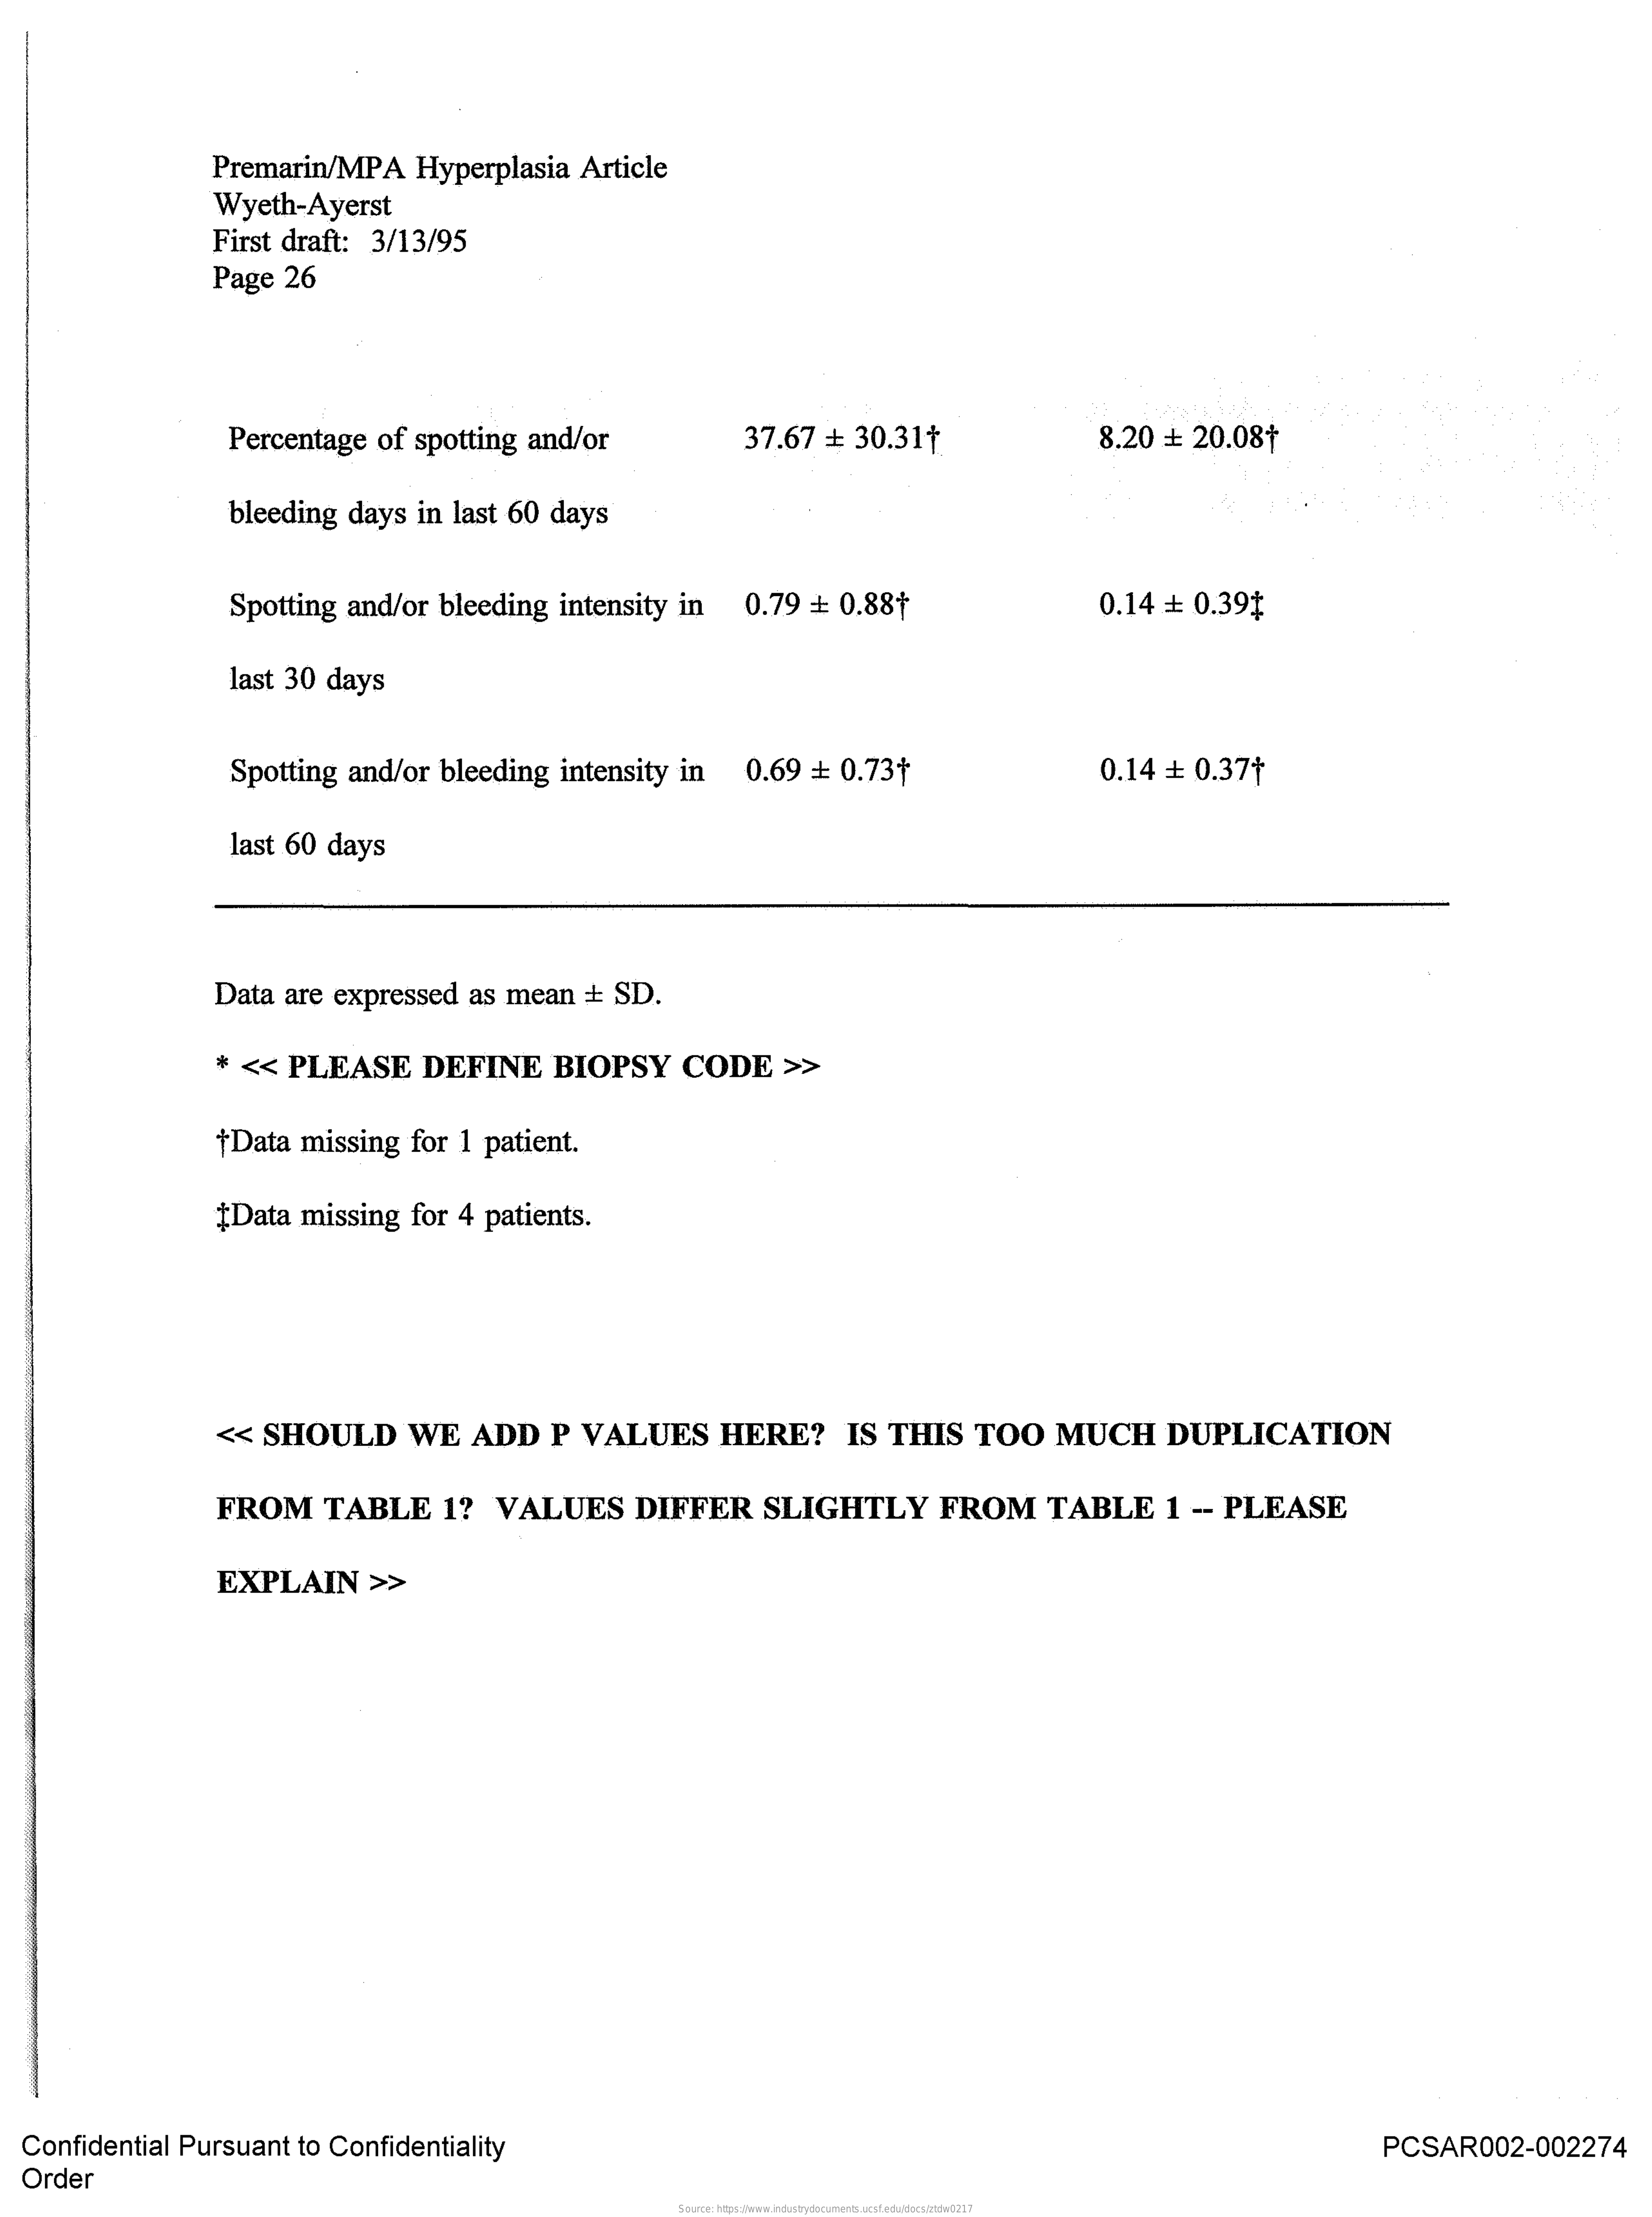
Premarin/MPA    Hyperplasia    Article
     Wyeth-Ayerst
     First    draft:    3/13/95
     Page    26
     Percentage    of    spotting    and/or    37.67    #    30.31+    8.20    +    20.08+
     bleeding    days    in    last    60    days
     Spotting    and/or    bleeding    intensity    in    0.79    =    0.88+    0.14    =    0.39$
     last    30    days
     Spotting    and/or    bleeding    intensity    in    0.69    +    0.73+    0.14    +    0.37+
     last    60    days
     Data    are    expressed    as    mean    +    SD.
     *    <<    PLEASE    DEFINE    BIOPSY    CODE    »>
     +Data    missing    for    1    patient.
     Data    missing    for    4   patients.
     <<    SHOULD    WE    ADD    P    VALUES    HERE?    IS    THIS    TOO    MUCH    DUPLICATION
     FROM    TABLE    1?    VALUES    DIFFER    SLIGHTLY    FROM    TABLE    1    --    PLEASE
     EXPLAIN    >>
    Confidential    Pursuant    to    Confidentiality    PCSAR002-002274
    Order
     Source: https://www.industrydocuments.ucsf.edu/docs/ztdw0217